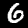
Label: 6